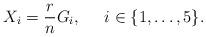
LaTeX: \begin{align*}X_i = \frac{r}{n} G_i, \;\;\;\;\; i \in \{1, \ldots, 5\}.\end{align*}